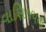
વાણિજયનો